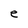
Character: e